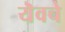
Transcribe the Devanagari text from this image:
यॆवचे